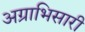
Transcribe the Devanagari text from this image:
अग्राभिसारी